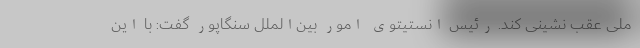
ملی عقب نشینی کند. رئیس انستیتوی امور بین‌الملل سنگاپور گفت: با این